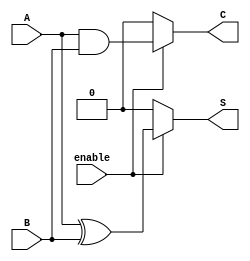
module Conditional_Half_Adder (
    input wire A,          // First single-bit input
    input wire B,          // Second single-bit input
    input wire enable,     // Control signal to enable addition
    output reg S,          // Sum output
    output reg C           // Carry output
);

// Combinational logic for the Conditional Half-Adder
always @(*) begin
    if (enable) begin
        S = A ^ B;        // Sum: A XOR B
        C = A & B;        // Carry: A AND B
    end else begin
        S = 1'b0;         // Set Sum to 0 when not enabled
        C = 1'b0;         // Set Carry to 0 when not enabled
    end
end

endmodule